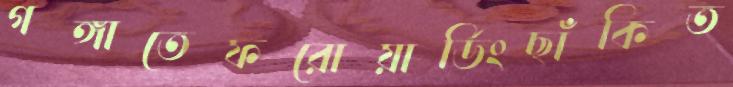
গঙ্গাতেফরোয়ার্ডিংছাঁকিত